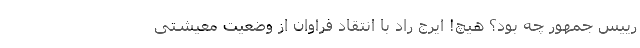
رییس جمهور چه بود؟ هیچ! ایرج راد با انتقاد فراوان از وضعیت معیشتی